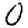
Digit: 0